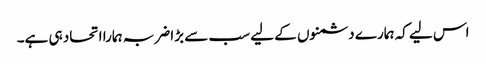
اس لیے کہ ہمارے دشمنوں کے لیے سب سے بڑا ضربہ ہمارا اتحاد ہی ہے۔